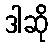
ဒါဆို